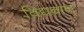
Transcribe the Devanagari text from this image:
विद्यवान